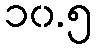
၁၀.၅